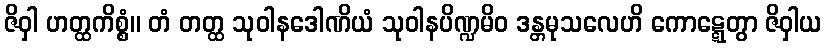
ဇိဝှါ ဟတ္ထကိစ္စံ။ တံ တတ္ထ သုဝါနဒေါဏိယံ သုဝါနပိဏ္ဍမိဝ ဒန္တမုသလေဟိ ကောဋ္ဋေတွာ ဇိဝှါယ